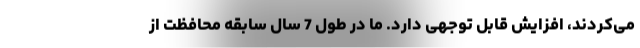
می‌کردند، افزایش قابل توجهی دارد. ما در طول 7 سال سابقه محافظت از